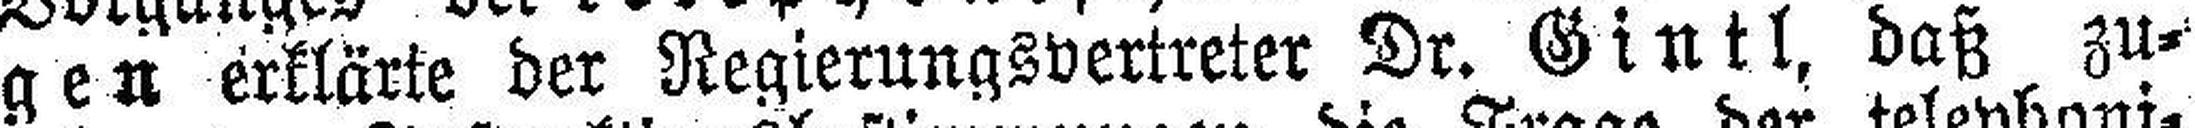
gen erklärte der Regierungsvertreter Dr. Gintl, daß zu¬